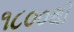
૧૮૦૦થી